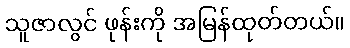
သူဇာလွင် ဖုန်းကို အမြန်ထုတ်တယ်။